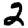
Digit: 2